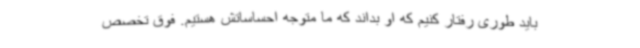
باید طوری رفتار کنیم که او بداند که ما متوجه احساساتش هستیم. فوق تخصص